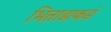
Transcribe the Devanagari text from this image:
भिताडाकडं